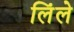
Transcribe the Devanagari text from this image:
लिंले